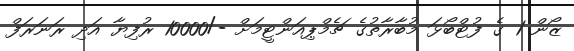
ޒޯން 1 ގެ ފުޓްބޯޅަ މުބާރާތުގެ ޗެމްޕިއަންޓީމަށް -/10000 ރުފިޔާ އަދި ރަނަރަފް